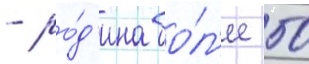
- ро́д'ина бо́л'ее 50